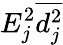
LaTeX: E_{j}^{2}\overline{{d_{j}^{2}}}